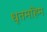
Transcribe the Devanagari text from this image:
धृतमहिम